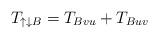
LaTeX: \begin{align*}T_{\uparrow\downarrow B} = T_{Bvu}+T_{Buv}\end{align*}